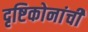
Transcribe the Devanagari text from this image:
दृष्टिकोनांची